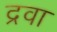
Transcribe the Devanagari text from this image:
द्रवा